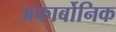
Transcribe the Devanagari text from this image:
अकार्बोनिक